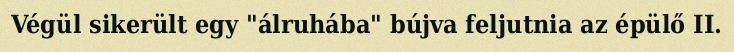
Végül sikerült egy "álruhába" bújva feljutnia az épülő II.